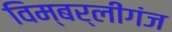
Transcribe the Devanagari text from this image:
विम्बर्लीगंज